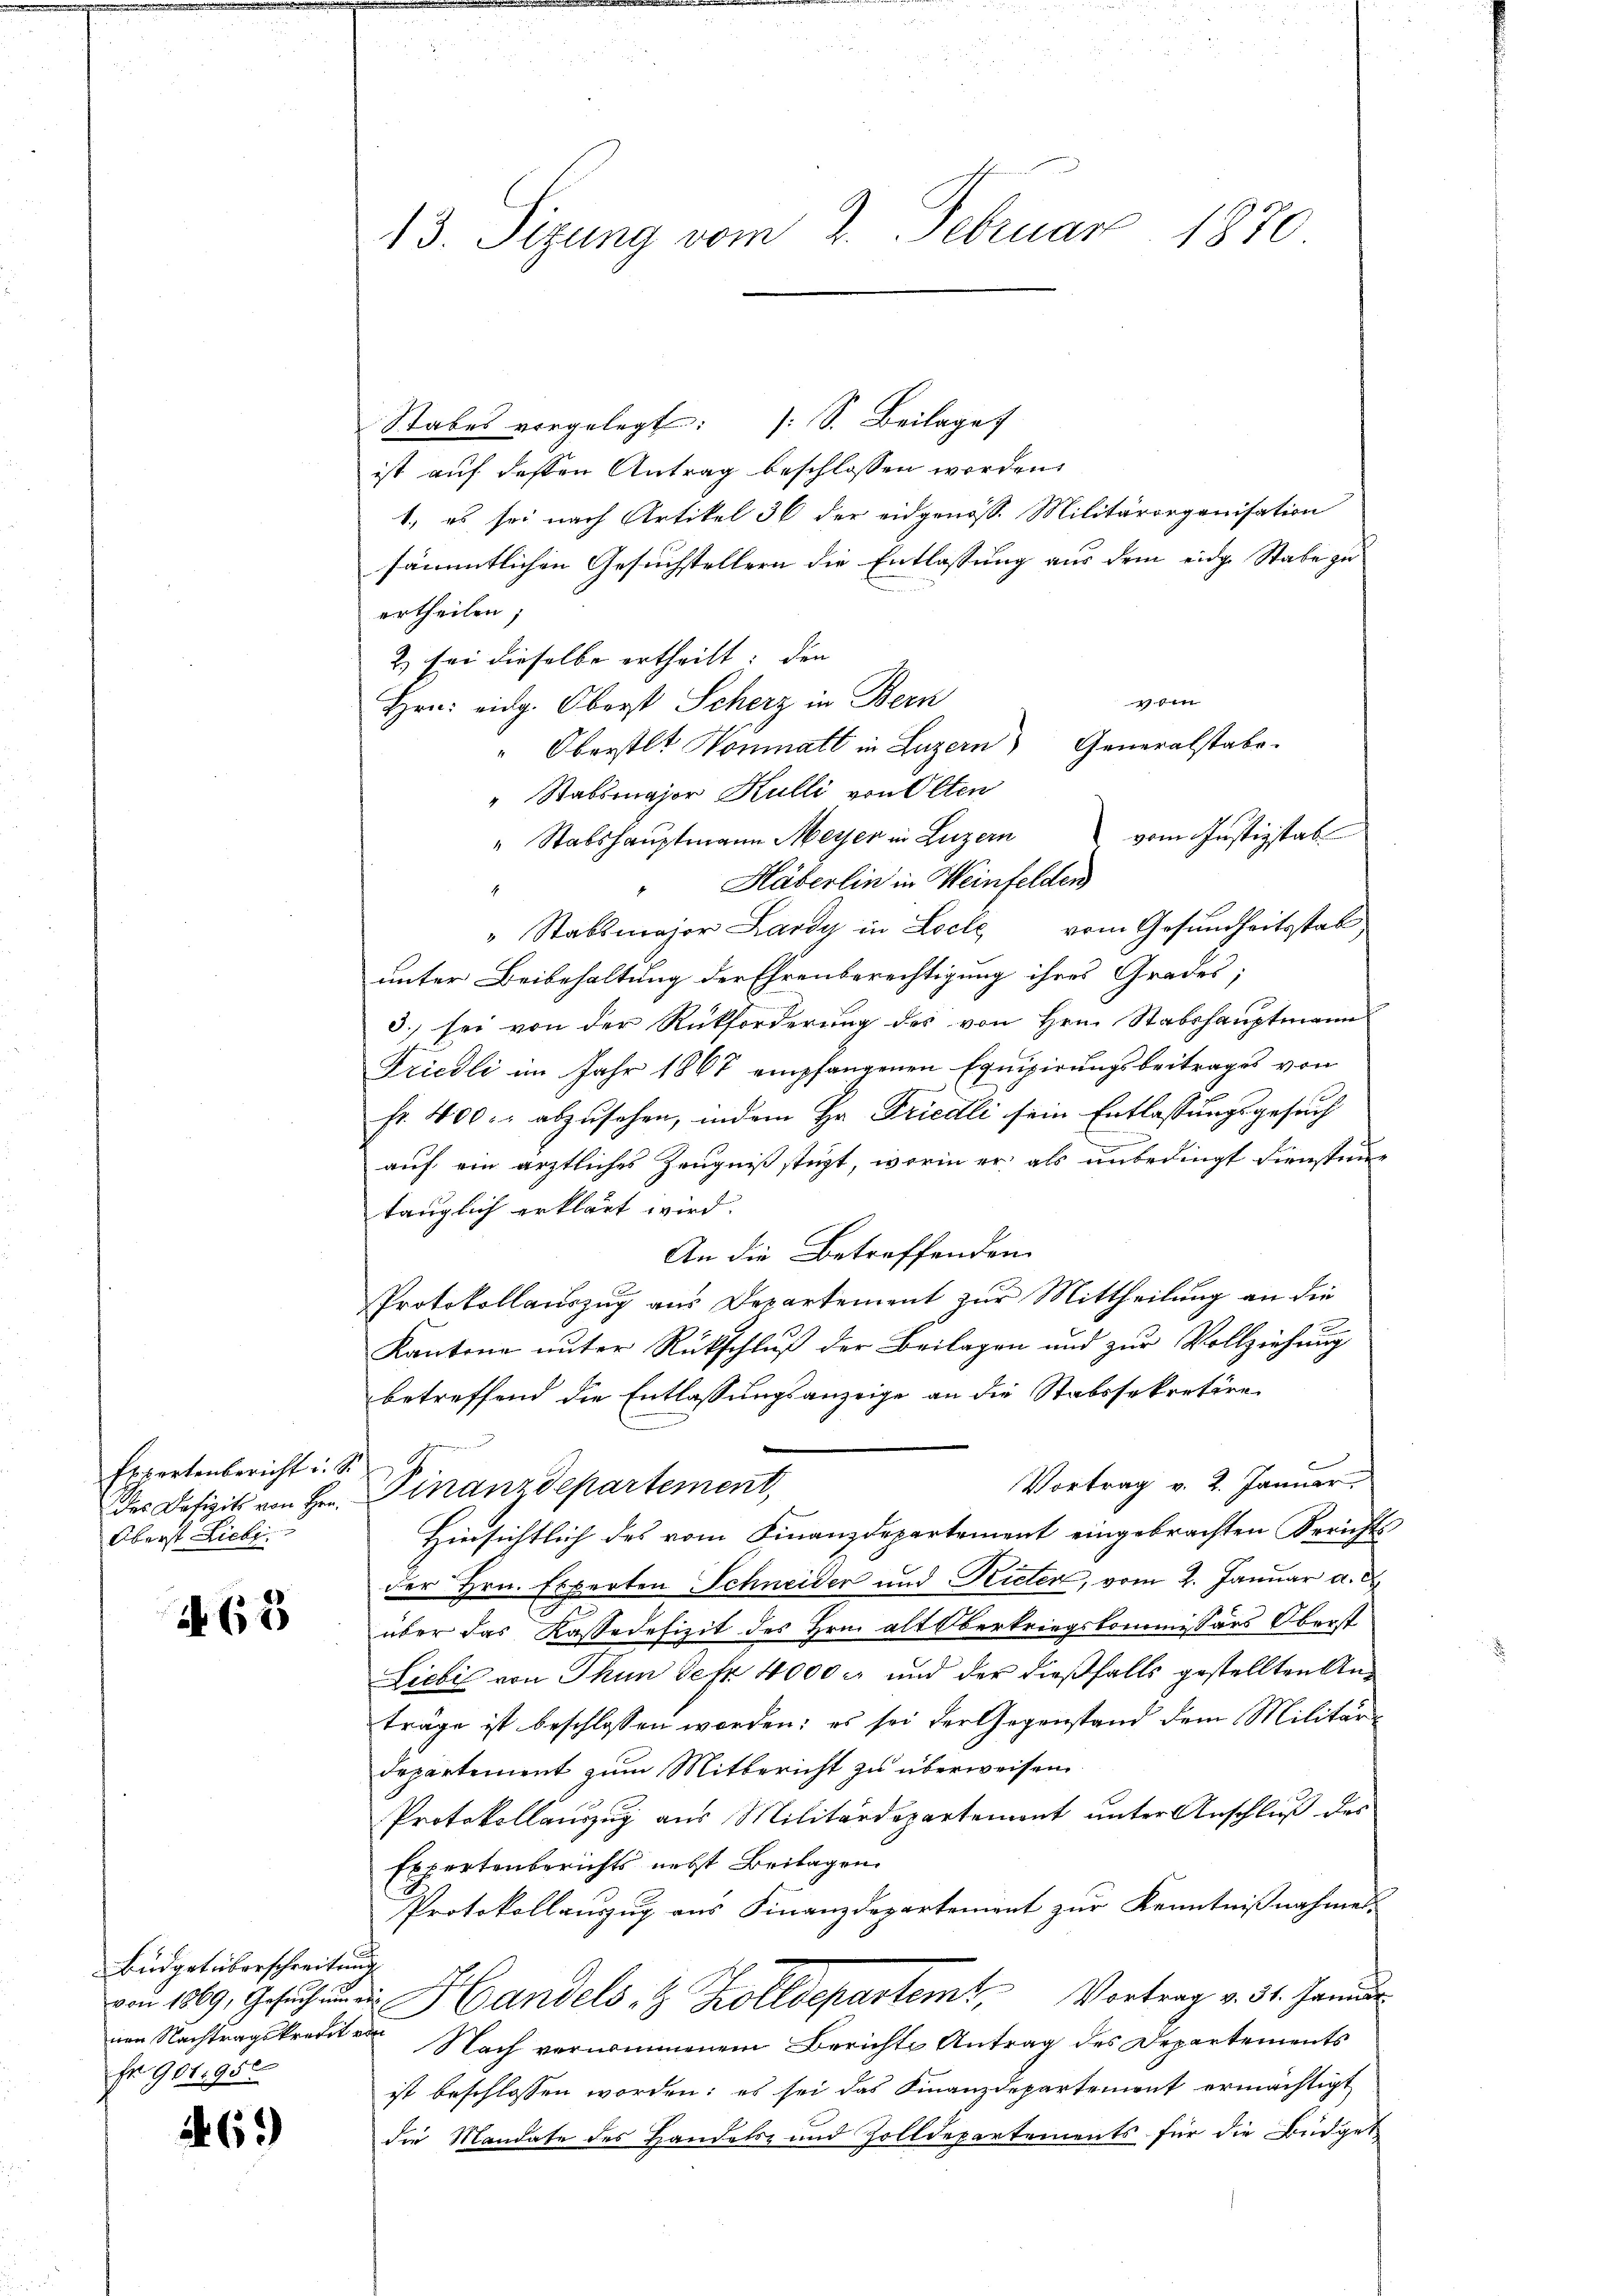
Expertenbericht u. S.
des Defizits von Hrn.
Oberst Lieb

463

Büdget überschreitung
Fr 901,950

.61)

13. Sizung vom 2. Februar 1880.

Stabes vorgelegt: (S. Beilage
ist auf dessen Antrag beschlossen worden,
1., es sei nach Artikel 36 der eidgenöss. Militärorganisation
sämmtlichen Gesuchstellern die Entlassung aus dem eidg. Stabe zu
ertheilen;
2) sei dieselbe ertheilt: den
vom
Hrn. eidg. Oberst Scherz in Bern
" Oberstlt Vonmatt in Luzern) Generalstabe
" Stabsmajor Hulli von Olten
" Stabshauptmann Meyer in Luzern vom Justizstab
Häberlin in Weinfelden
" Stabsmajor Lardy in Loche vom Gesundheitsstab
unter Beibehaltung der Ehrenberechtigung ihres Grades;
3. sei von der Rückforderung des von Hrn. Stabshauptmann
Friedli im Jahr 1867 empfangenen Equipirungsbeitrages von
fr. 400. abzusehen, indem Hr. Friedli sein Entlassungsgesuch
d
auf ein ärztliches Zeugniß stüzt, worin er als unbedingt dienstung
tänglich erklärt wird.
An die Betreffenden
Protokollauszug aus Departement zur Mittheilung an die
g
Kantone unter Rückschluß der Beilagen und zur Vollziehung
betreffend die Entlassungsanzeige an die Stabssekretäre
d
Vortrag v. 2. Januar,
Finanzdepartement,
Hinsichtlich des vom Finanzdepartement eingebrachten Berichts-
der Hrn. Experten Schneider und Rieter, vom 2. Januar a. c.
über das Kassadefizit des Hrn. alt Oberkriegskommissärs Oberst
Licbil von Thun sehr 4000 l. und der dießfalls gestellten Anträge ist beschlossen worden; es sei der Gegenstand dem Militärdepartement zum Mitbericht zu überweisen
Protokollauszug aus Militärdepartement unter Anschluß des
Expertenberichts nebst Beilagen.
Protokollauszug aus Finanzdepartement zur Kenntnißnahmen.
von 1869, Gesuch und Handels & Zolldepartem Vortrag v. 31. Januar
nen Nachtragskredite Nach vernommenem Berichts Antrag des Departements
ist beschlossen worden: es sei das Finanzdepartement ermächtigt
die Mandate des Handels- und Zolldepartements für die Büdget